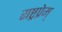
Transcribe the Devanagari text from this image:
राष्ट्रप्रेम्